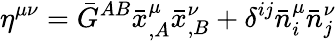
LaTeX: \eta^{\mu\nu}=\bar{G}^{AB}\bar{x}_{,A}^{\mu}\bar{x}_{,B}^{\nu}+\delta^{ij}\bar{n}_{i}^{\mu}\bar{n}_{j}^{\nu}